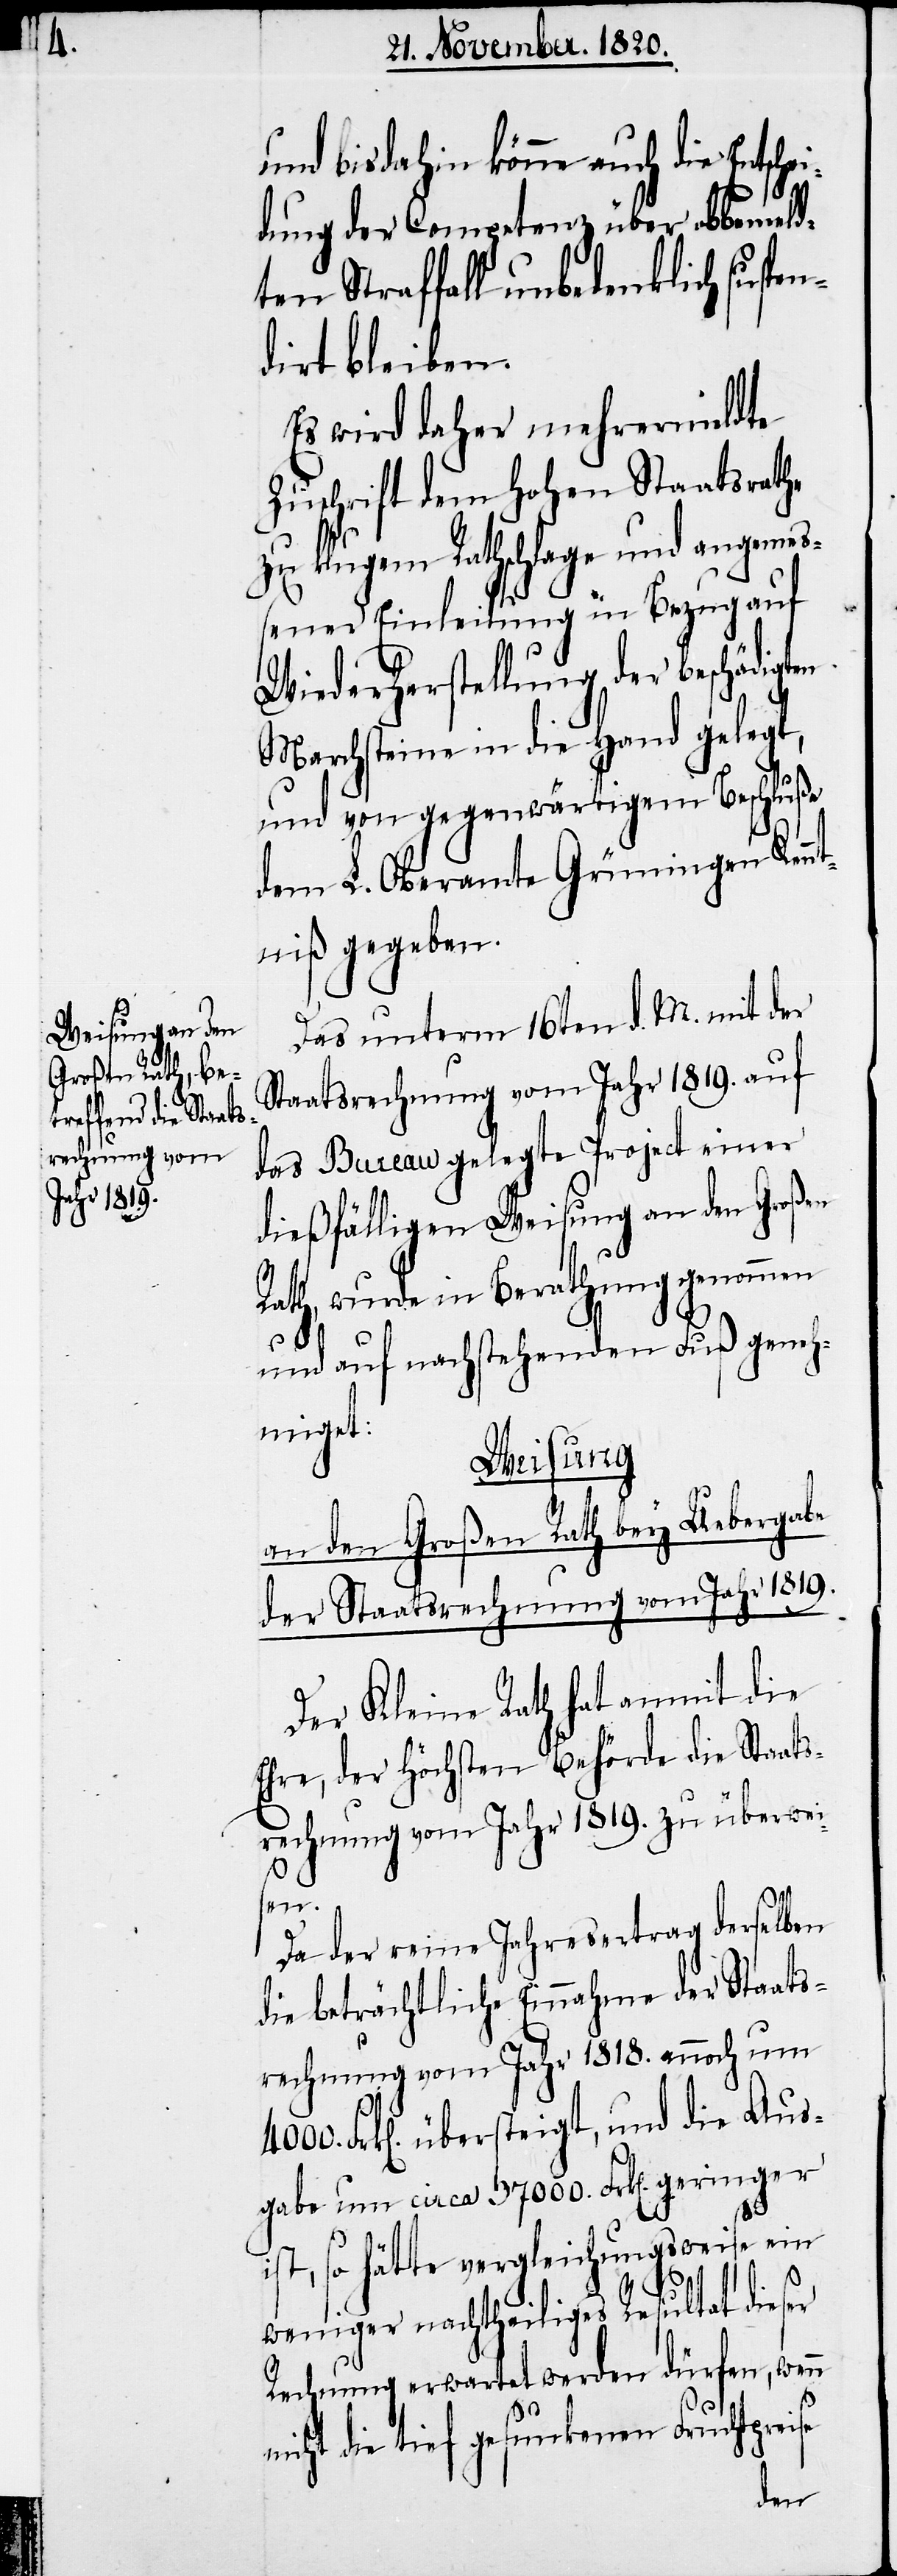
und bisdahin könne auch die Entsche¬
n¬
dung der Competenz über obbemeld¬
ten Straffall unbedenklich suspen¬
dirt bleiben.
Es wird daher mehrermeldte
Zuschrift dem hohen Staatsrathe
zu klugem Rathschlage und angemes¬
sener Einleitung in Bezug auf
Wiederherstellung der beschädigten
Marchsteine in die Hand gelegt,
und von gegenwärtigem Beschluße
dem L. Oberamte Grüningen Kenn¬
tniß gegeben.
Das unterm 16ten d. M. mit der
Staatsrechnung vom Jahr 1819. auf
das Bureau gelegte Project einer
dießfälligen Weisung an den Großen
Rath, wurde in Berathung genommen
und auf nachstehenden Fuß geneh¬
miget:
Weisung
an den Großen Rath bey Uebergabe
der Staatsrechnung vom Jahr 1819.
Der Kleine Rath hat anmit die
Ehre, der höchsten Behörde die Staats¬
rechnung vom Jahr 1819. zu überwei¬
sen.
Da der reine Jahresertrag derselben
die beträchtliche Einnahme der Staats¬
rechnung vom Jahr 1818. annoch um
Frk[en]. übersteigt, und die Aus¬
gabe um circa 37 000. Frk[en]. geringer
ist, so hätte vergleichungsweise ein
weniger nachtheiliges Resultat dieser
Rechnung erwartet werden dürfen, wenn
icht die tief gesunkenen Fruchtpreise